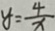
y = \frac { 4 } { x }